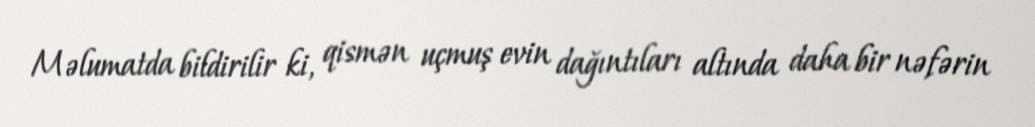
Məlumatda bildirilir ki, qismən uçmuş evin dağıntıları altında daha bir nəfərin